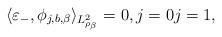
LaTeX: \begin{align*} \langle \varepsilon_-, \phi_{j, b, \beta}\rangle_{L^2_{\rho_\beta}} = 0, j =0 j=1, \end{align*}